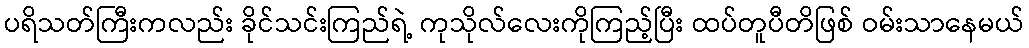
ပရိသတ်ကြီးကလည်း ခိုင်သင်းကြည်ရဲ့ ကုသိုလ်လေးကိုကြည့်ပြီး ထပ်တူပီတိဖြစ် ဝမ်းသာနေမယ်